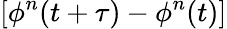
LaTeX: [\phi^{n}(t+\tau)-\phi^{n}(t)]